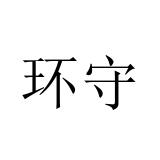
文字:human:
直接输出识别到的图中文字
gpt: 环守